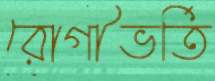
রোগীভর্তি